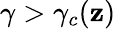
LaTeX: \gamma>\gamma_{c}(\mathbf{z})